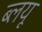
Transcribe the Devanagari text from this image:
ब्लयू